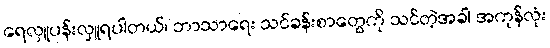
ရေလှူပန်းလှူရပါတယ်၊ ဘာသာရေး သင်ခန်းစာတွေကို သင်တဲ့အခါ အကုန်လုံး